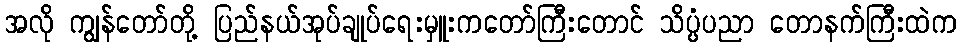
အလို ကျွန်တော်တို့ ပြည်နယ်အုပ်ချုပ်ရေးမှူးကတော်ကြီးတောင် သိပ္ပံပညာ တောနက်ကြီးထဲက